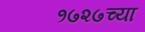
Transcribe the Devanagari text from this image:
१७२७च्या